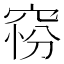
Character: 𥦋